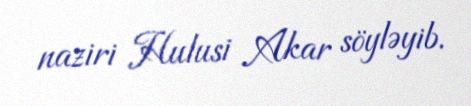
naziri Hulusi Akar söyləyib.